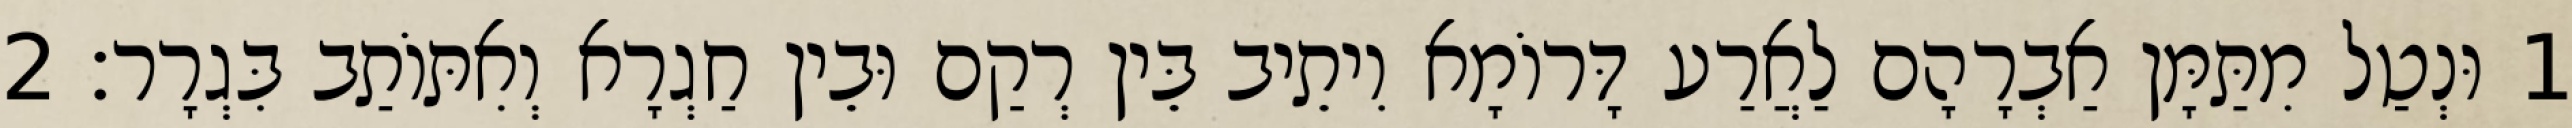
1 וּנְטַל מִתַּמָּן אַבְרָהָם לַאֲרַע דָּרוֹמָא וִיתֵיב בֵּין רְקַם וּבֵין חַגְרָא וְאִתּוֹתַב בִּגְרָר׃ 2